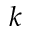
k